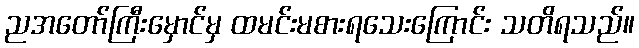
ညအတော်ကြီးမှောင်မှ ထမင်းမစားရသေးကြောင်း သတိရသည်။